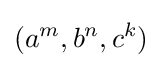
(a^{m},b^{n},c^{k})